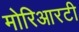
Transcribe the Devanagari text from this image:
मोरिआरटी